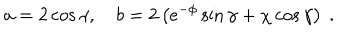
a = 2 \cos \gamma , \quad b = 2 \left( e ^ { - \phi } \sin \gamma + \chi \cos \gamma \right) \ .